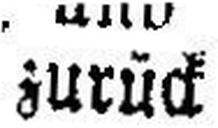
zurück